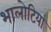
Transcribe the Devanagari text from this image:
भालोटिया